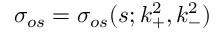
\sigma _ { o s } = \sigma _ { o s } ( s ; k _ { + } ^ { 2 } , k _ { - } ^ { 2 } ) \,